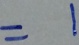
= 1